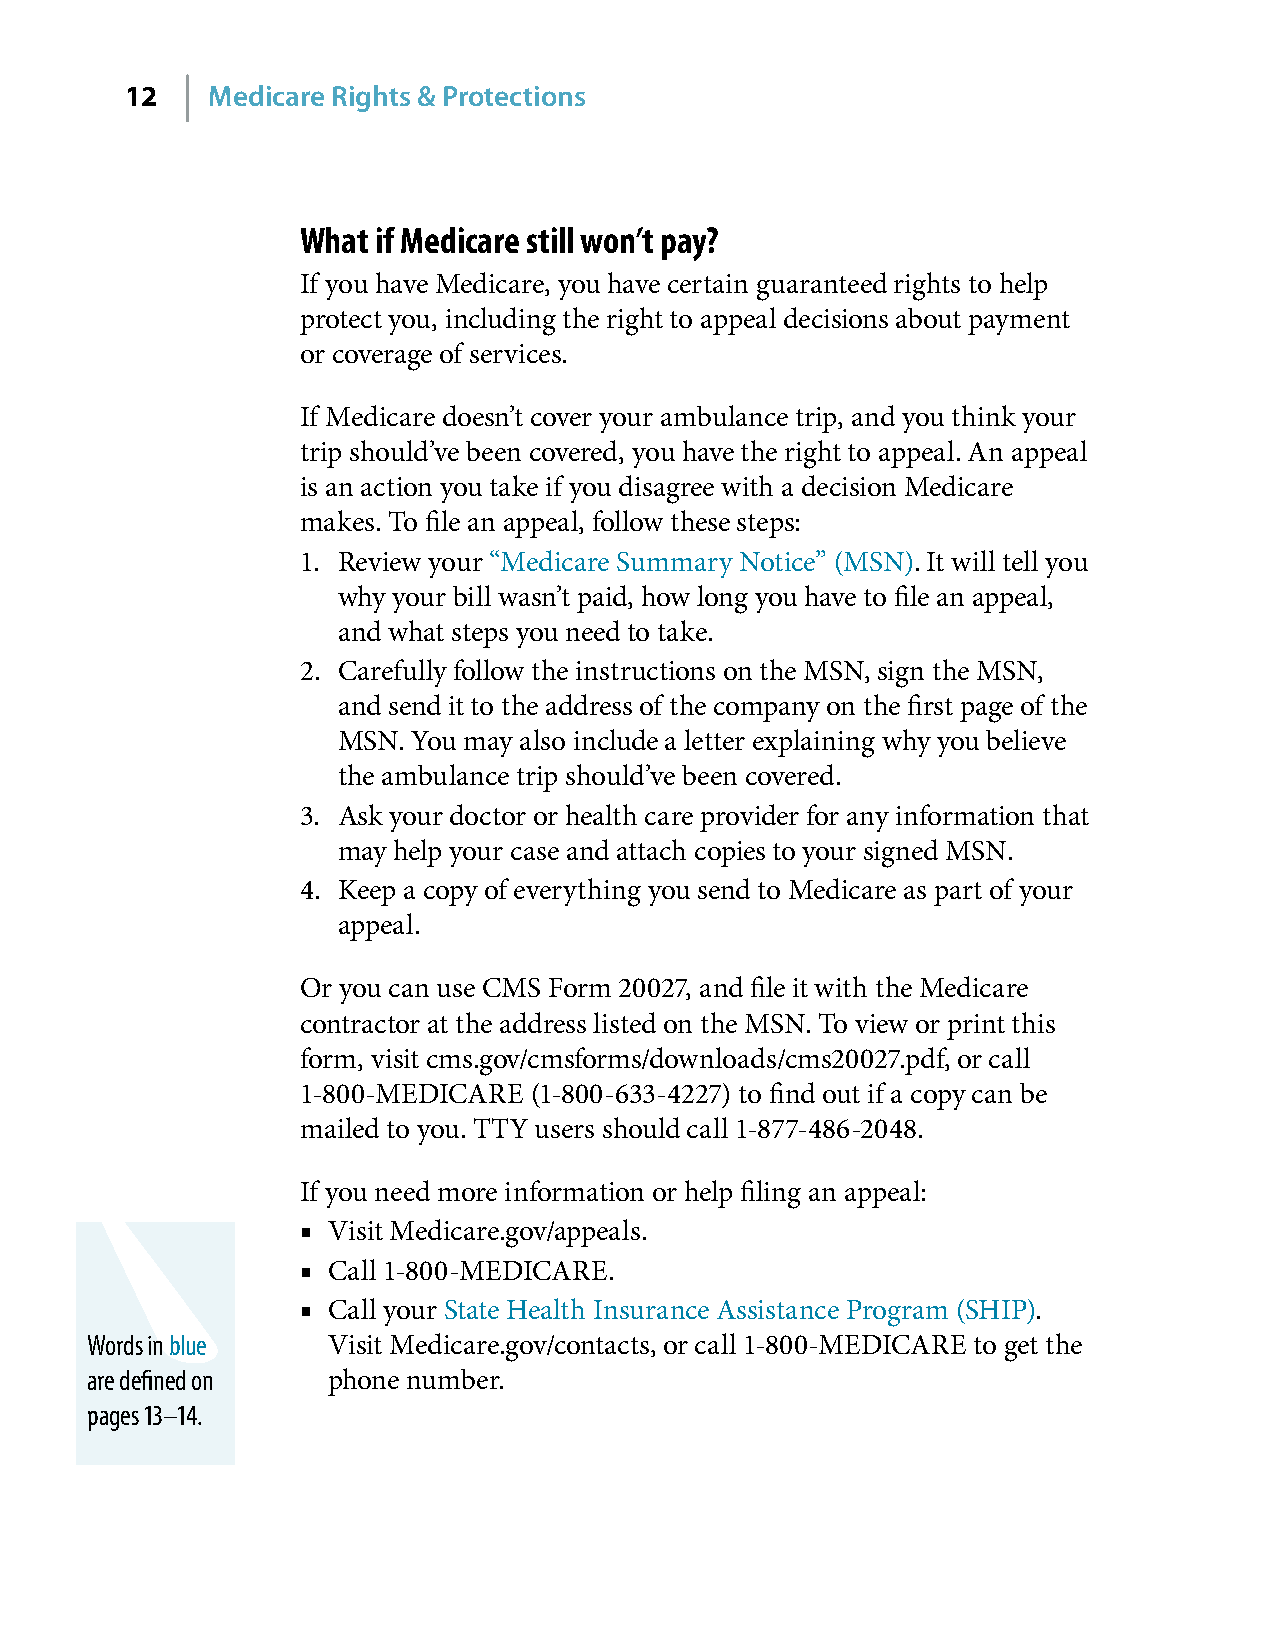
12    Medicare Rights & Protections
 What if Medicare still won’t pay?
 If you have Medicare, you have certain guaranteed rights to help
 protect you, including the right to appeal decisions about payment
 or coverage of services�
 If Medicare doesn’t cover your ambulance trip, and you think your
 trip should’ve been covered, you have the right to appeal� An appeal
 is an action you take if you disagree with a decision Medicare
 makes� To file an appeal, follow these steps:
 1� Review your “Medicare Summary Notice” (MSN)� It will tell you
 why your bill wasn’t paid, how long you have to file an appeal,
 and what steps you need to take�
 2� Carefully follow the instructions on the MSN, sign the MSN,
 and send it to the address of the company on the first page of the
 MSN� You may also include a letter explaining why you believe
 the ambulance trip should’ve been covered�
 3� Ask your doctor or health care provider for any information that
 may help your case and attach copies to your signed MSN�
 4� Keep a copy of everything you send to Medicare as part of your
 appeal�
 Or you can use CMS Form 20027, and file it with the Medicare
 contractor at the address listed on the MSN� To view or print this
 form, visit cms�gov/cmsforms/downloads/cms20027�pdf, or call
 1-800-MEDICARE (1-800-633-4227) to find out if a copy can be
 mailed to you� TTY users should call 1-877-486-2048�
 If you need more information or help filing an appeal:
 ■ Visit Medicare�gov/appeals�
 ■ Call 1-800-MEDICARE�
 ■ Call your State Health Insurance Assistance Program (SHIP)�
 Words in blue   Visit Medicare�gov/contacts, or call 1-800-MEDICARE to get the
 are defined on  phone number�
 pages 13–14.